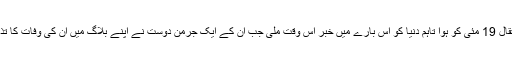
ان کا انتقال 19 مئی کو ہوا تاہم دنیا کو اس بارے میں خبر اس وقت ملی جب ان کے ایک جرمن دوست نے اپنے بلاگ میں ان کی وفات کا تذکرہ کیا۔